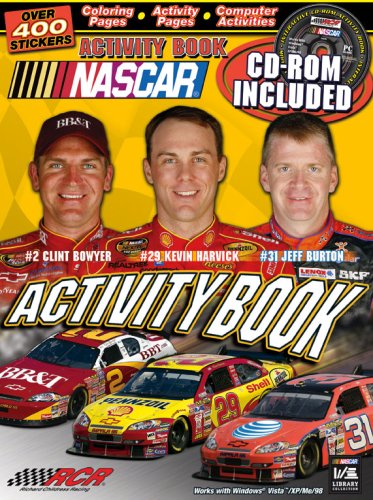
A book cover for NASCAR / Richard Childress Racing Activity book and CD (Rcr); Larry Carney; Children's Books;